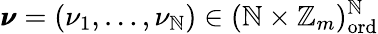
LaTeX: \pmb{\nu}=(\nu_{1},\dots,\nu_{\mathbb{N}})\in(\mathbb{{\mathbb{N}}}\times\mathbb{{Z}}_{m})_{\mathrm{{ord}}}^{\mathbb{N}}